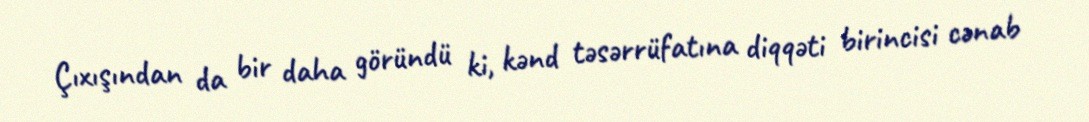
Çıxışından da bir daha göründü ki, kənd təsərrüfatına diqqəti birincisi cənab